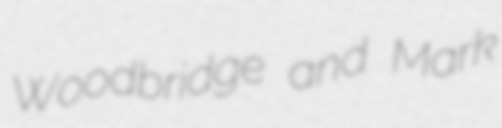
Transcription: Woodbridge and Mark